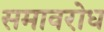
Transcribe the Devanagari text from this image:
समावरोध